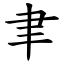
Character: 聿